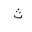
Letter: _tha